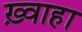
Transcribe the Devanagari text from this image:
ख़्वाहा